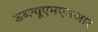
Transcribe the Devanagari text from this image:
डब्ल्यूएमएमआर